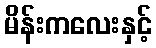
မိန်းကလေးနှင့်